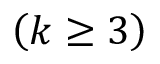
\left( k \geq 3 \right)